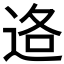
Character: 𮞑